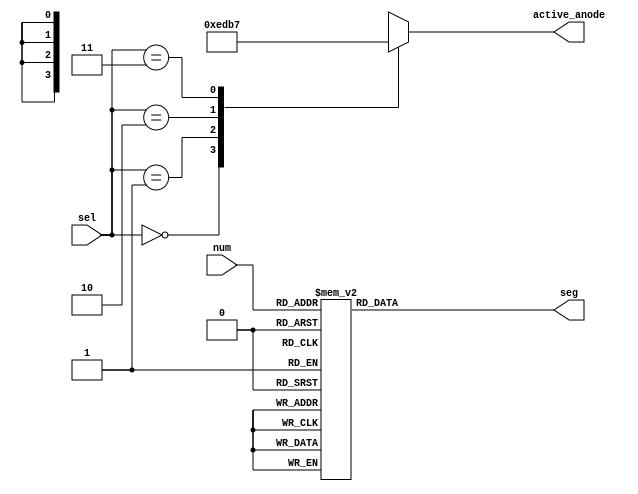
`timescale 1ns / 1ps


module Sev_segment_display( input [1:0] sel, input[3:0] num,output reg [3:0] active_anode,output reg [6:0] seg);

always@(sel)begin
    case(sel)
    0:active_anode=4'b1110;
    1: active_anode=4'b1101;
    2: active_anode=4'b1011;
    3: active_anode=4'b0111;
    endcase
end

always@(num) begin
case(num)
    0 : seg = 7'b0000001;
    1 : seg = 7'b1001111;
    2 : seg = 7'b0010010;
    3 : seg = 7'b0000110;
    4 : seg = 7'b1001100;
    5 : seg = 7'b0100100;
    6 : seg = 7'b0100000;
    7 : seg = 7'b0001111;
    8 : seg = 7'b0000000;
    9 : seg = 7'b0000100;
    
    default : seg = 7'b1111111; 

endcase
end

endmodule